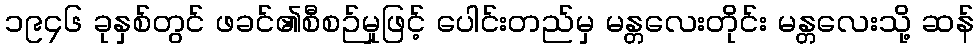
၁၉၄၆ ခုနှစ်တွင် ဖခင်၏စီစဉ်မှုဖြင့် ပေါင်းတည်မှ မန္တလေးတိုင်း မန္တလေးသို့ ဆန်